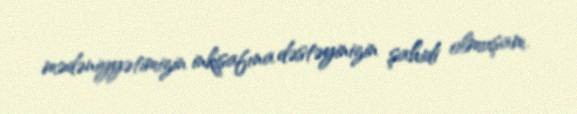
mədəniyyətimizin inkişafına dəstəyinizin şahidi olmuşam.